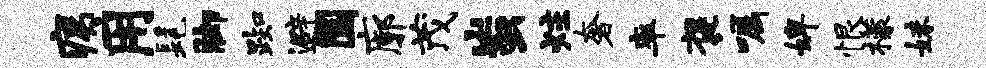
痍用髦脚踟避圜廓茂蚩炷奢率褒嘱婢恨檬妹